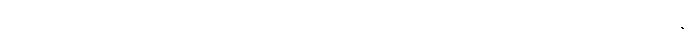
အဓိက လုပ်ငန်းမှာ အမျိုးသားရေးတိုက်ပွဲအတွက် ပြည်သူလူထုကို စည်းရုံးရန်